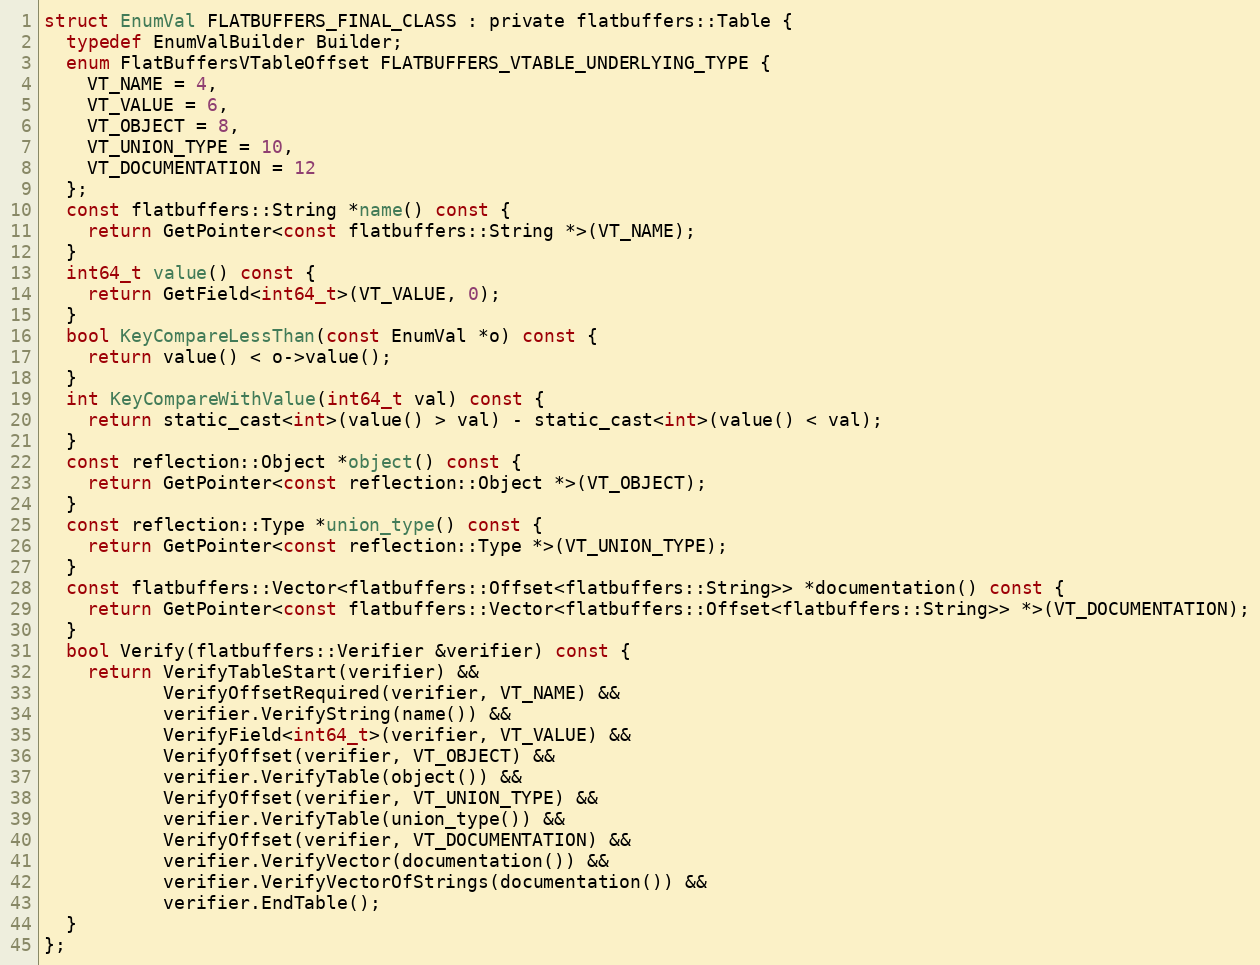
Language: C
struct EnumVal FLATBUFFERS_FINAL_CLASS : private flatbuffers::Table {
  typedef EnumValBuilder Builder;
  enum FlatBuffersVTableOffset FLATBUFFERS_VTABLE_UNDERLYING_TYPE {
    VT_NAME = 4,
    VT_VALUE = 6,
    VT_OBJECT = 8,
    VT_UNION_TYPE = 10,
    VT_DOCUMENTATION = 12
  };
  const flatbuffers::String *name() const {
    return GetPointer<const flatbuffers::String *>(VT_NAME);
  }
  int64_t value() const {
    return GetField<int64_t>(VT_VALUE, 0);
  }
  bool KeyCompareLessThan(const EnumVal *o) const {
    return value() < o->value();
  }
  int KeyCompareWithValue(int64_t val) const {
    return static_cast<int>(value() > val) - static_cast<int>(value() < val);
  }
  const reflection::Object *object() const {
    return GetPointer<const reflection::Object *>(VT_OBJECT);
  }
  const reflection::Type *union_type() const {
    return GetPointer<const reflection::Type *>(VT_UNION_TYPE);
  }
  const flatbuffers::Vector<flatbuffers::Offset<flatbuffers::String>> *documentation() const {
    return GetPointer<const flatbuffers::Vector<flatbuffers::Offset<flatbuffers::String>> *>(VT_DOCUMENTATION);
  }
  bool Verify(flatbuffers::Verifier &verifier) const {
    return VerifyTableStart(verifier) &&
           VerifyOffsetRequired(verifier, VT_NAME) &&
           verifier.VerifyString(name()) &&
           VerifyField<int64_t>(verifier, VT_VALUE) &&
           VerifyOffset(verifier, VT_OBJECT) &&
           verifier.VerifyTable(object()) &&
           VerifyOffset(verifier, VT_UNION_TYPE) &&
           verifier.VerifyTable(union_type()) &&
           VerifyOffset(verifier, VT_DOCUMENTATION) &&
           verifier.VerifyVector(documentation()) &&
           verifier.VerifyVectorOfStrings(documentation()) &&
           verifier.EndTable();
  }
};